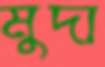
মুদা